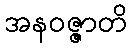
အနဝဇ္ဇာတိ